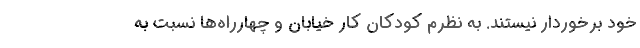
خود برخوردار نیستند. به نظرم کودکان کار خیابان و چهارراه‌ها نسبت به